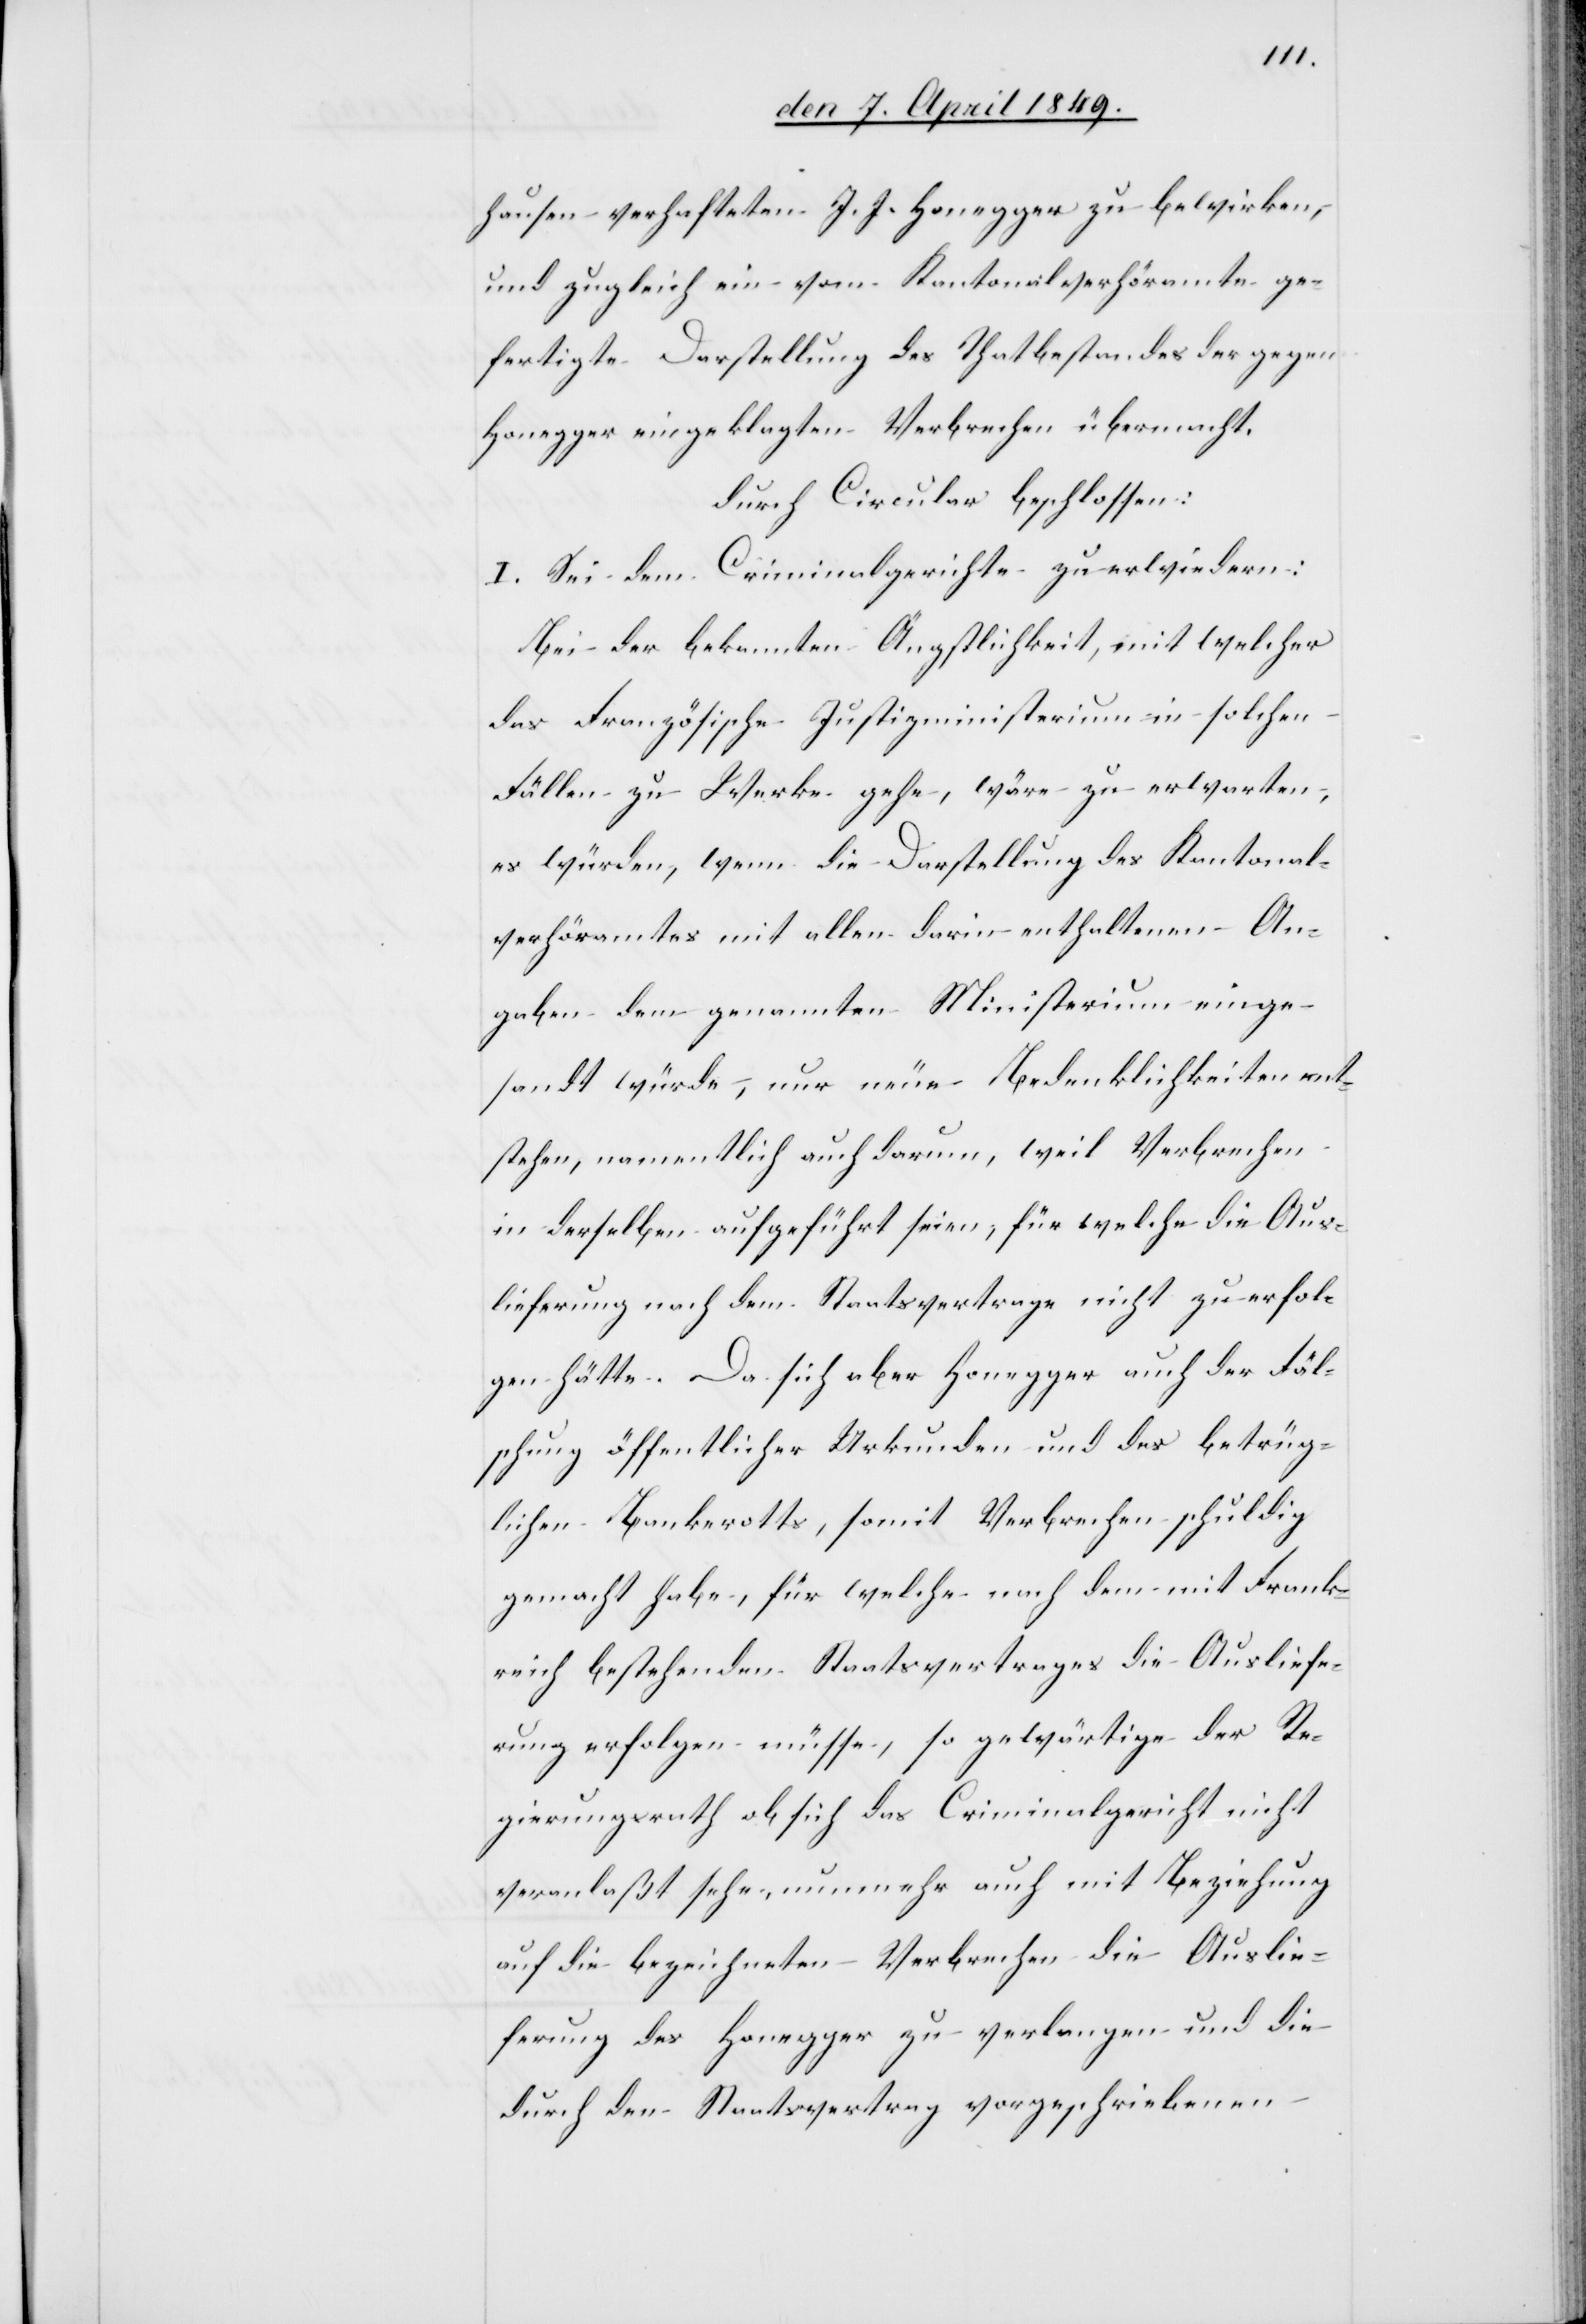
hausen verhafteten J. J. Honegger zu bewirken,
und zugleich ein vom Kantonalverhöramte ge¬
fertigte Darstellung des Thatbestandes der gegen
Honegger eingeklagten Verbrechen übermacht.
durch Circular beschlossen:
I. Sei dem Criminalgerichte zu erwiedern:
Bei der bekannten Ängstlichkeit, mit welcher
das Französische Justizministerium in solchen
Fällen zu Werke gehe, wäre zu erwarten,
es würden, wenn die Darstellung des Kantonal¬
verhöramtes mit allen darin enthaltenen An¬
gaben dem genannten Ministerium einge¬
sandt würde, nur neue Bedenklichkeiten ent¬
stehen, namentlich auch darum, weil Verbrechen
in derselben aufgeführt seien, für welche die Aus¬
lieferung nach dem Staatsvertrage nicht zu erfol¬
gen hätte. Da sich aber Honegger auch der Fäl¬
schung öffentlicher Urkunden und des betrüg¬
lichen Bankerotts, somit Verbrechen schuldig
gemacht habe, für welche nach dem mit Frank¬
reich bestehenden Staatsvertrages die Ausliefe¬
rung erfolgen müsse, so gewärtige der Re¬
gierungsrath ob sich das Criminalgericht nicht
veranlaßt sehe, nunmehr auch mit Beziehung
auf die bezeichneten Verbrechen die Auslie¬
ferung des Honegger zu verlangen und die
durch den Staatsvertrag vorgeschriebenen